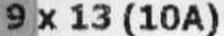
9 X 13 (10A)